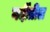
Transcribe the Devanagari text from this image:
गर्दीतील